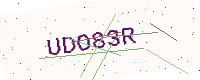
Text: UDO83R